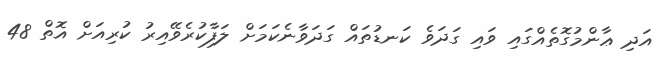
އަދި ޢާންމުގޮތެއްގައި ވައި ގަދަވެ ކަނޑުތައް ގަދަވާނެކަމަށް ލަފާކުރެވޭއިރު ކުރިއަށް އޮތް 48